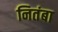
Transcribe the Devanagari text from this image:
नितंबा